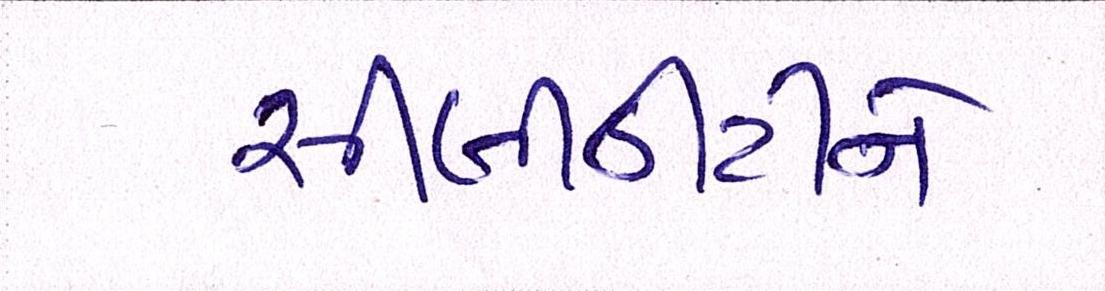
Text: સીબીડીટીને